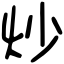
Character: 炒